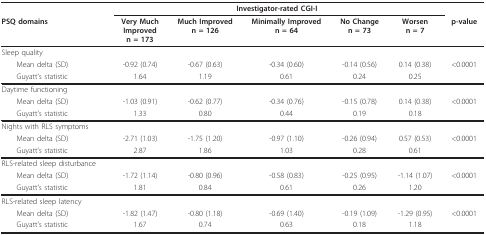
|  | <COLSPAN=5> Investigator-rated CGI-I |  |
 | PSQ domains | Very MuchImprovedn = 173 | Much Improvedn = 126 | Minimally Improvedn = 64 | No Changen = 73 | Worsenn = 7 | p-value |
 | --- | --- | --- | --- | --- | --- | --- |
 | Sleep quality |  |  |  |  |  |  |
 | Mean delta (SD) | -0.92 (0.74) | -0.67 (0.63) | -0.34 (0.60) | -0.14 (0.56) | 0.14 (0.38) | <0.0001 |
 | Guyatt's statistic | 1.64 | 1.19 | 0.61 | 0.24 | 0.25 |  |
 | Daytime functioning |  |  |  |  |  |  |
 | Mean delta (SD) | -1.03 (0.91) | -0.62 (0.77) | -0.34 (0.76) | -0.15 (0.78) | 0.14 (0.38) | <0.0001 |
 | Guyatt's statistic | 1.33 | 0.80 | 0.44 | 0.19 | 0.18 |  |
 | Nights with RLS symptoms |  |  |  |  |  |  |
 | Mean delta (SD) | -2.71 (1.03) | -1.75 (1.20) | -0.97 (1.10) | -0.26 (0.94) | 0.57 (0.53) | <0.0001 |
 | Guyatt's statistic | 2.87 | 1.86 | 1.03 | 0.28 | 0.61 |  |
 | RLS-related sleep disturbance |  |  |  |  |  |  |
 | Mean delta (SD) | -1.72 (1.14) | -0.80 (0.96) | -0.58 (0.83) | -0.25 (0.95) | -1.14 (1.07) | <0.0001 |
 | Guyatt's statistic | 1.81 | 0.84 | 0.61 | 0.26 | 1.20 |  |
 | RLS-related sleep latency |  |  |  |  |  |  |
 | Mean delta (SD) | -1.82 (1.47) | -0.80 (1.18) | -0.69 (1.40) | -0.19 (1.09) | -1.29 (0.95) | <0.0001 |
 | Guyatt's statistic | 1.67 | 0.74 | 0.63 | 0.18 | 1.18 |  |